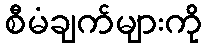
စီမံချက်များကို